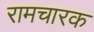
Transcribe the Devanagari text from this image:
रामचारक